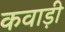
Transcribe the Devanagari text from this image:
कवाड़ी